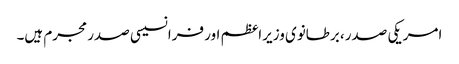
امریکی صدر، برطانوی وزیراعظم اور فرانسیسی صدر مجرم ہیں۔